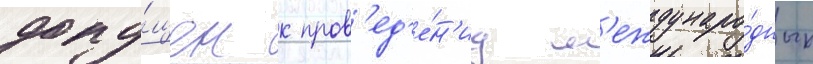
допу́щен к пров'ед'е́н'иу м'еждунаро́дных